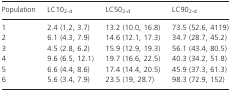
| Population | LC102-d | LC502-d | LC902-d |
 | --- | --- | --- | --- |
 | 1 | 2.4 (1.2, 3.7) | 13.2 (10.0, 16.8) | 73.5 (52.6, 4119) |
 | 2 | 6.1 (4.3, 7.9) | 14.6 (12.1, 17.3) | 34.7 (28.7, 45.2) |
 | 3 | 4.5 (2.8, 6.2) | 15.9 (12.9, 19.3) | 56.1 (43.4, 80.5) |
 | 4 | 9.6 (6.5, 12.1) | 19.7 (16.6, 22.5) | 40.3 (34.2, 51.8) |
 | 5 | 6.6 (4.4, 8.6) | 17.4 (14.4, 20.5) | 45.9 (37.3, 61.3) |
 | 6 | 5.6 (3.4, 7.9) | 23.5 (19, 28.7) | 98.3 (72.9, 152) |